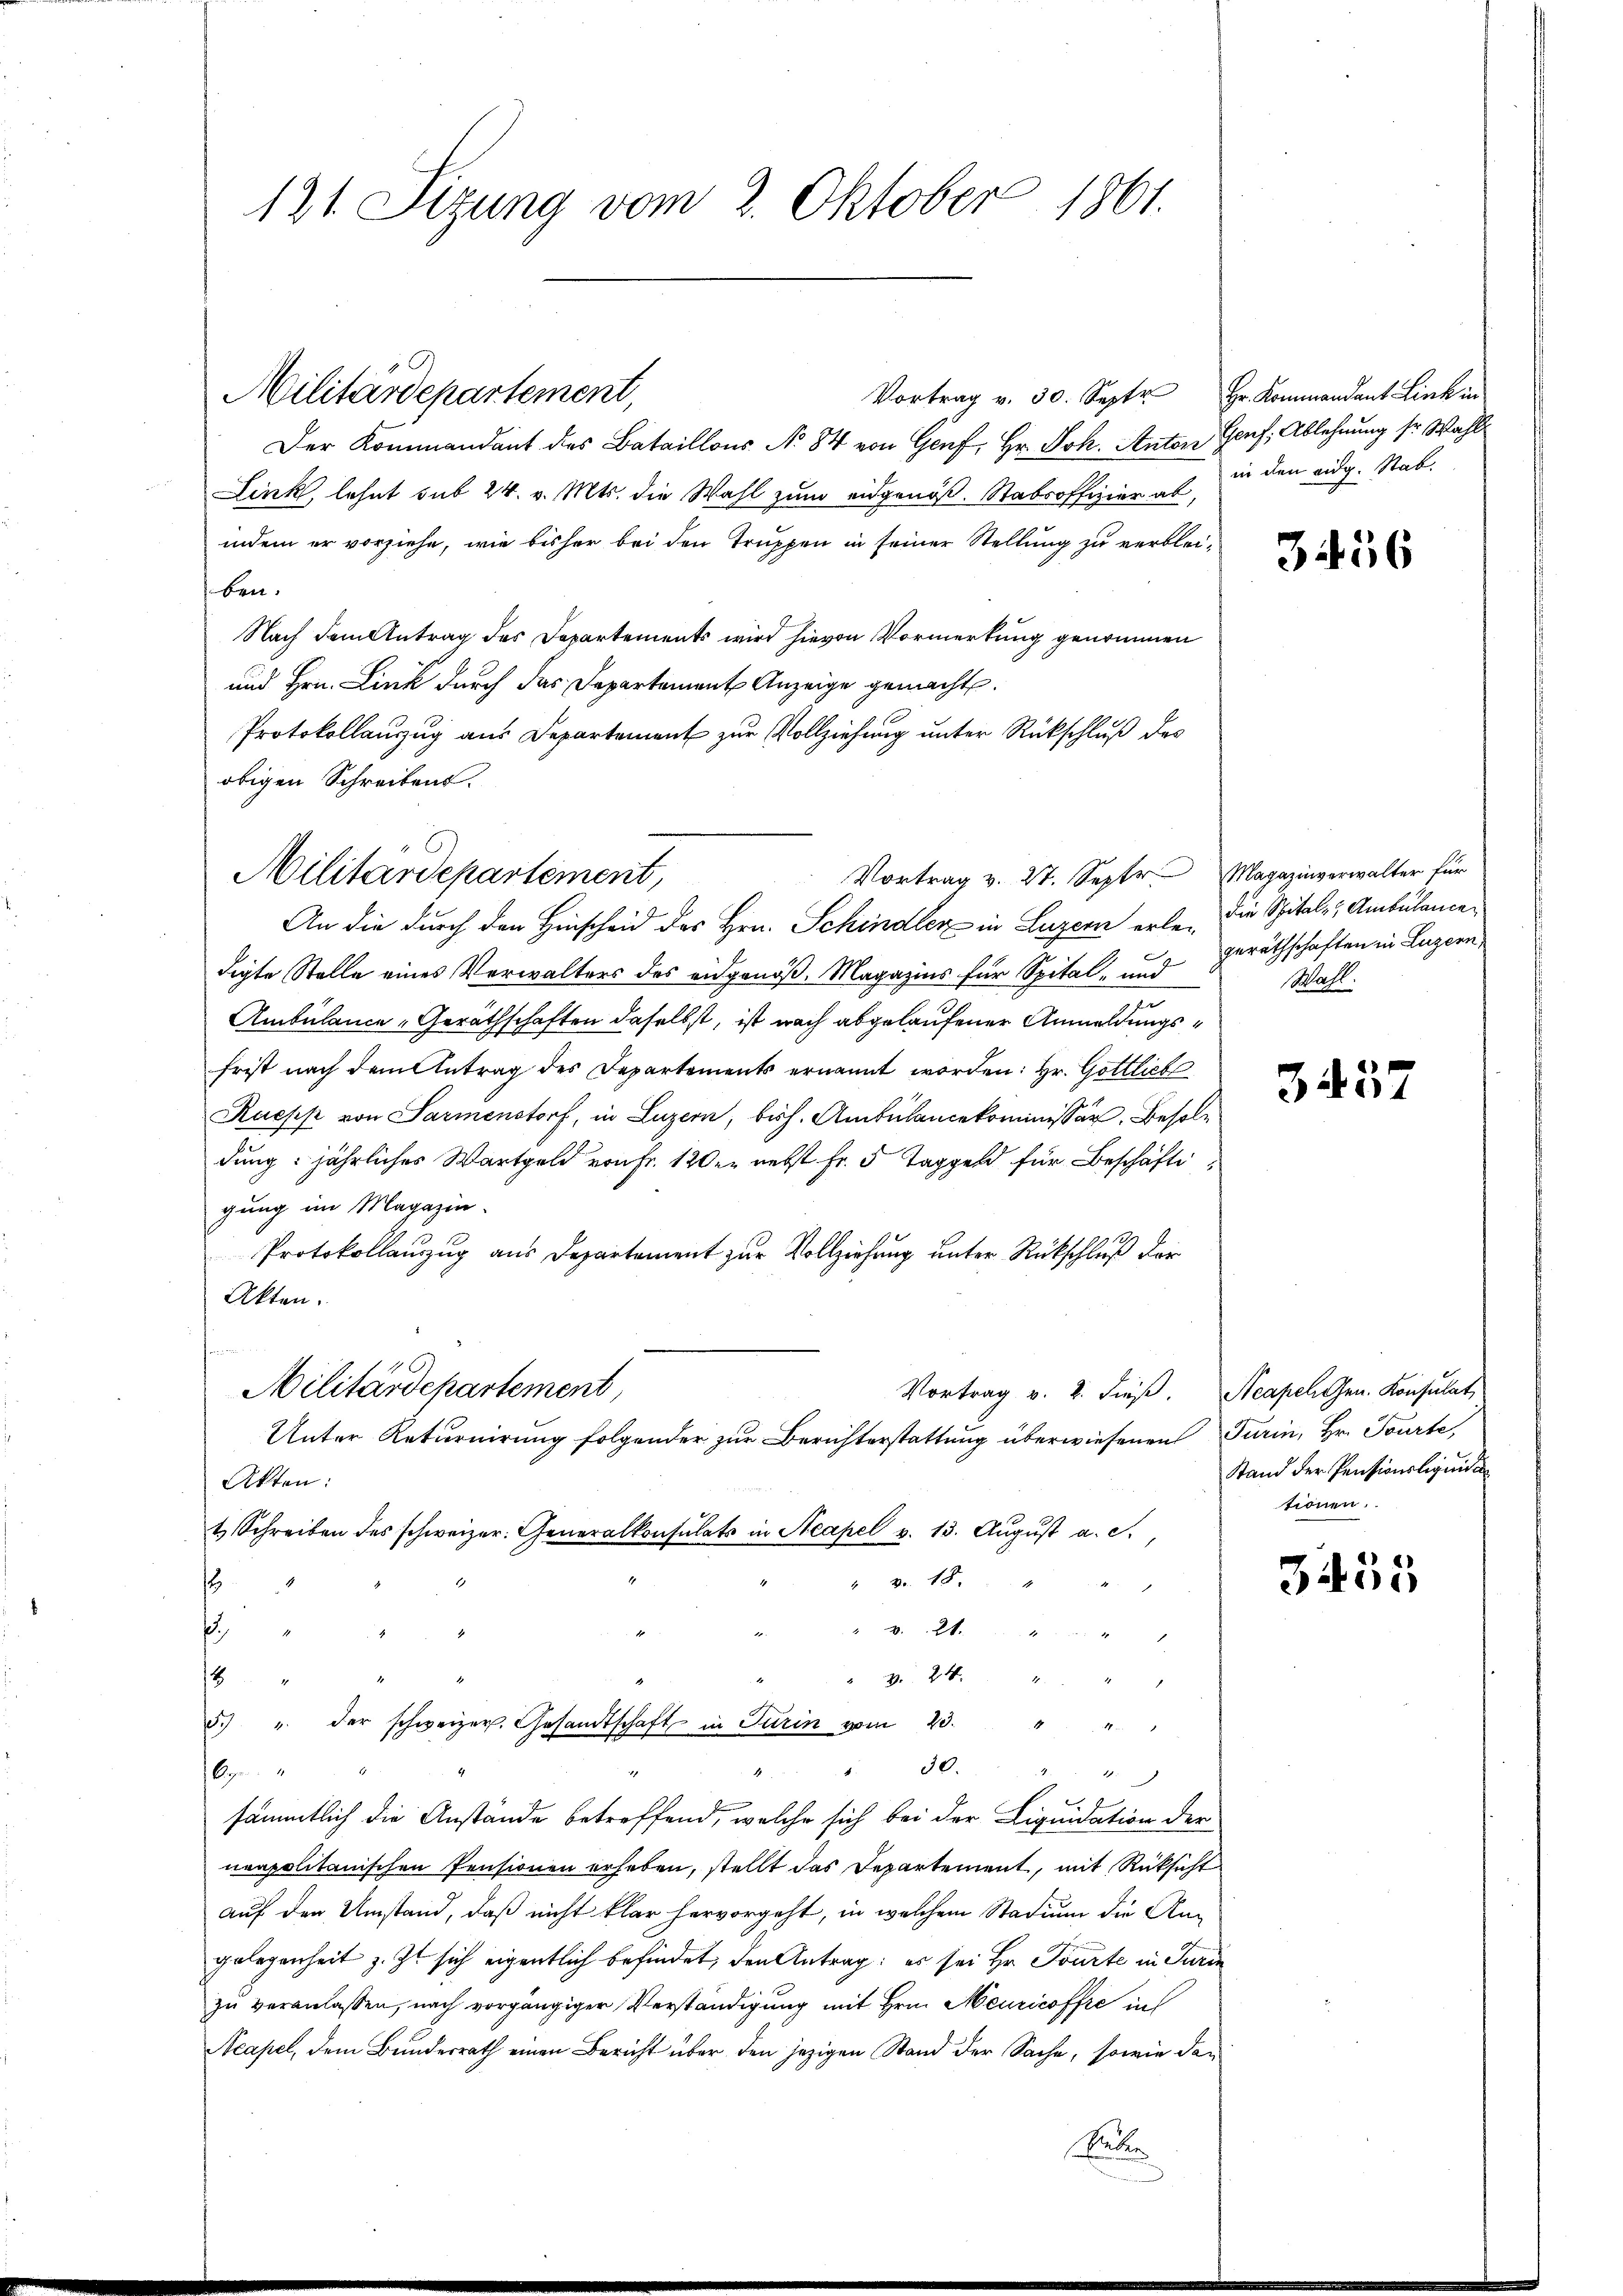
121. Sizung vom 2. Oktober 1861.

Vortrag v. 30. Septe Hr. Kommandant Link in
Der Kommandant des Bataillons No 84 von Genf, Hr. Joh. Anton Genf, Ablehnung sr. Wahl
Link, lehnt sub 24. v. Mts. die Wahl zum eidgenöß. Stabsoffizier ab,
indem er vorziehe, wie bisher bei den Truppen in seiner Stellung zu verbleiben.
Nach dem Antrag des Departements wird hievon Vormerkung genommen
und Hrn. Link durch das Departement Anzeige gemacht.
Protokollanzug aus Departement zur Vollziehung unter Rückschluß des
obigen Schreibens.
Vortrag v. 27. Septe Magazinverwalter für
An die durch den Hinscheid des Hrn. Schindler in Luzern erle, die Spital - Ambulance
digte Stelle eines Verwalters des eidgenöß. Magazins für Spital- und
Ambulance-Geräthschaften daselbst, ist nach abgelaufener Anmeldungsfrist nach dem Antrag des Departements ernannt worden: Hr. Gottlich
Raepp von Sarmenstorf, in Luzern, bish. Ambülancekommissär Besoldung: jährliches Wartgeld von Fr. 120 er nebst Fr. 5 Taggeld für Beschäftigung im Magazin.
Protokollanzug aus Departement zur Vollziehung unter Rückschluß der
Akten.
Militärdepartement,
Vortrag v. 2. dieß. Neapel Gen. Konsulat,
Unter Returnirung folgender zur Berichterstattung überwiesenen Turin, Hr. Tourte,
Akten:
t Schreiben des schweizer. Generalkonsulats in Neapel v. 13. Aŭgŭst a. c.,
" Nr. 18.
s
a. 2
.
 24
t
5. " der schweizer. Gesandtschaft in Turin vom 23.
e
 30.
9
b
4

sämmtlich die Anstände betreffend, welche sich bei der Liquidation der
neapolitanischen Pensionen erheben, stellt das Departement, mit Rücksicht
auf den Umstand, daß nicht klar hervorgeht, in welchem Stadium die Angelegenheit z. Zt. sich eigentlich befindet, den Antrag: es sei Hr. Tourte in Turin
zu veranlassen, nach vorgängiger Verständigung mit Hrn. Meuricoffre in
Acapel, dem Bundesrath einen Bericht über den jezigen Stand der Sache, sowie dan
Seder

Militärdepartement,

Militärdepartement,

in den eidg. Stab.

3456

geräthschaften in Luzern,
Wahl.

3437

Stand der Pensionsliquid
tionen.

3455